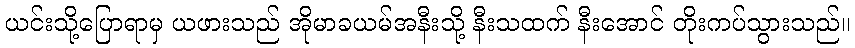
ယင်းသို့ပြောရာမှ ယဖားသည် အိုမာခယမ်အနီးသို့ နီးသထက် နီးအောင် တိုးကပ်သွားသည်။